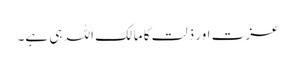
عزت اور ذلت کا مالک اللہ ہی ہے۔